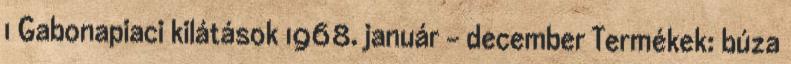
1 Gabonapiaci kilátások 1968. január – december Termékek: búza